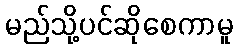
မည်သို့ပင်ဆိုစေကာမူ